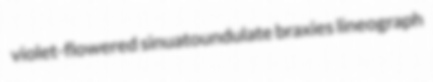
violet-flowered sinuatoundulate braxies lineograph